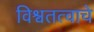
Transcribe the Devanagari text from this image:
विश्वतत्वाचे